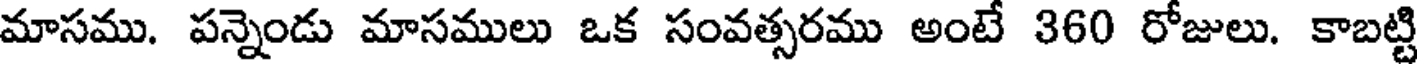
మాసము. పన్నెండు మాసములు ఒక సంవత్సరము అంటే 360 రోజులు. కాబట్టి